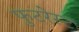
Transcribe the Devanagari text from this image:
फुटरेस्ट